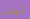
أتظاهر